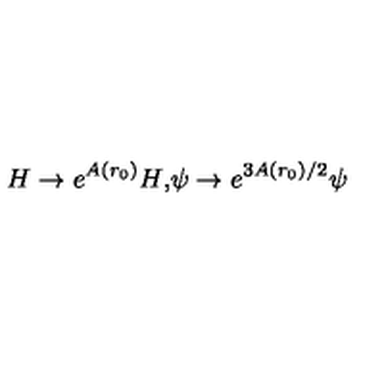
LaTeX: H \rightarrow e ^ { A ( r _ { 0 } ) } H \mathrm { , } \psi \rightarrow e ^ { 3 A ( r _ { 0 } ) / 2 } \psi